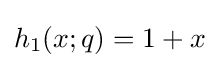
h_{1}(x;q)=1+x